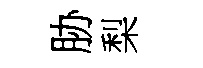
胁梨